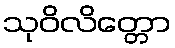
သုဝိလိတ္တော